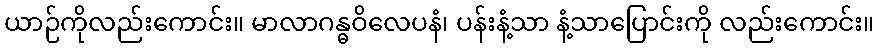
ယာဉ်ကိုလည်းကောင်း။ မာလာဂန္ဓဝိလေပနံ၊ ပန်းနံ့သာ နံ့သာပြောင်းကို လည်းကောင်း။